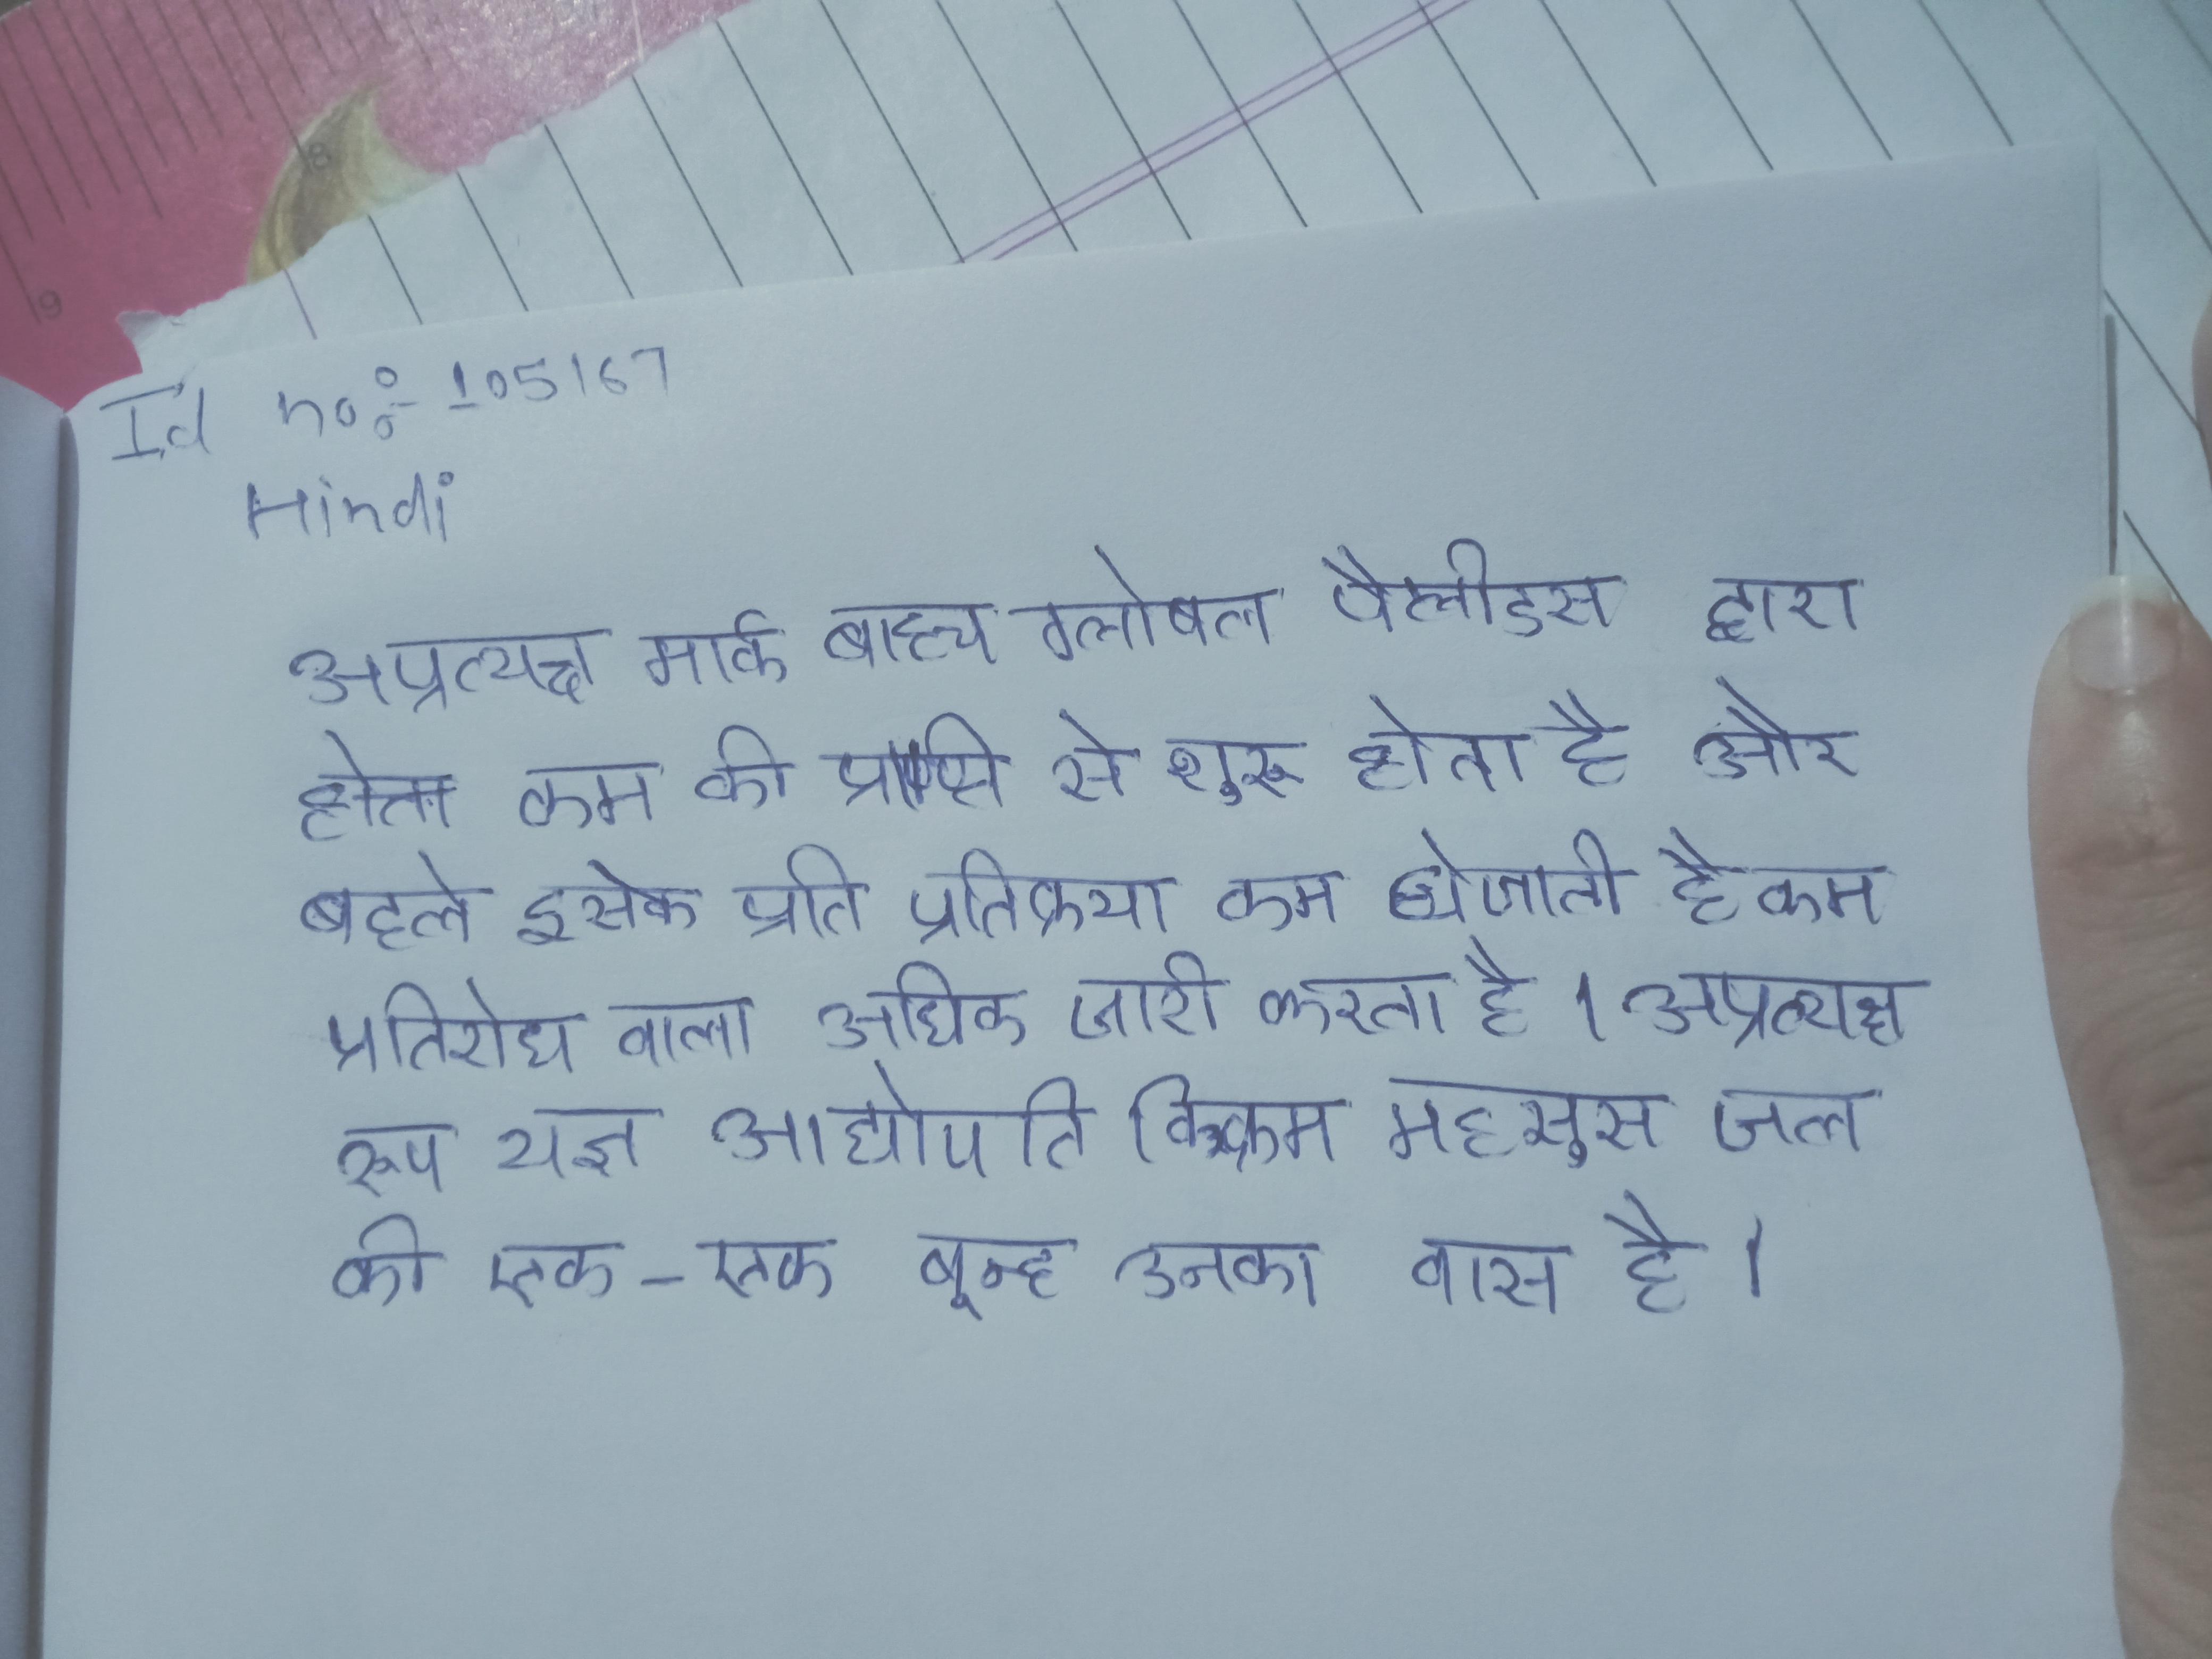
अप्रत्यक्ष मार्ग बाह्य ग्लोबस पैलीडस द्वारा कम की प्राप्ति से शुरू होता है और बदले इसके प्रति प्रतिक्रया कम हो जाती है कम प्रतिरोध वाला अधिक जारी करता है । अप्रत्यक्ष रूप यज्ञ आद्योपति विक्रम महसूस जल की एक-एक बून्द उनका वास है ।